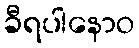
ခီရပါနောဝ